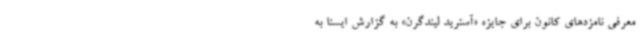
معرفی نامزدهای کانون برای جایزه «آسترید لیندگرن» به گزارش ایسنا به